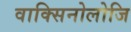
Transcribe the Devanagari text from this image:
वाक्सिनोलोजि